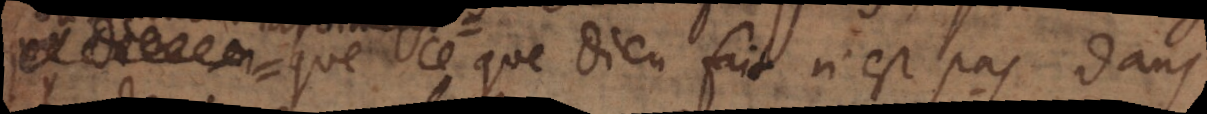
que Dieu n que ce que Dieu fait n’est pas dans